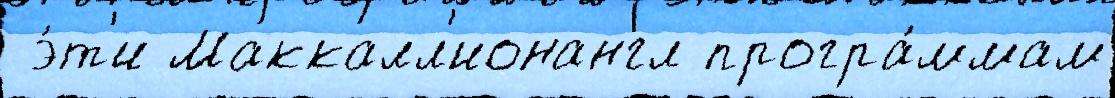
 э́т'и Маккалл'ионангл програ́ммам